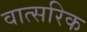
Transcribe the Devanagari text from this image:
वात्सरिक